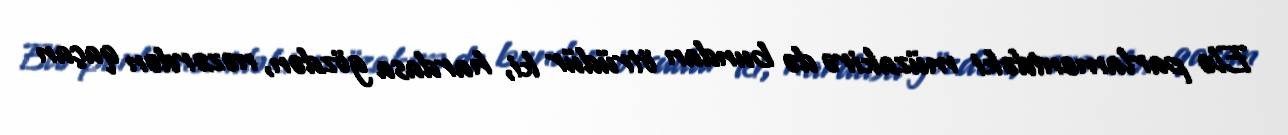
Elə parlamentdəki müzakirə də bundan ötrüdür ki, hardasa gözdən, nəzərdən qaçan